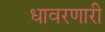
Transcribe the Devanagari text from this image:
धावरणारी